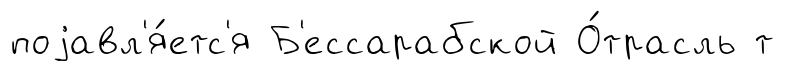
поjавл'я́етс'я Б'ессарабской О́трасль т